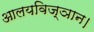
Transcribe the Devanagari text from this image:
आलयविज्ञान।